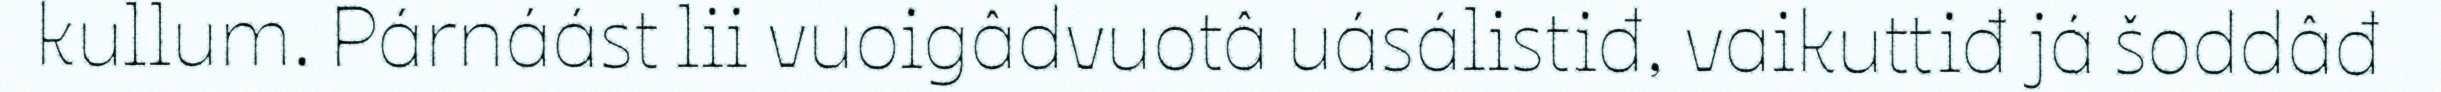
kullum. Párnáást lii vuoigâdvuotâ uásálistiđ, vaikuttiđ já šoddâđ